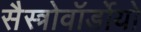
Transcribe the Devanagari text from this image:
सैस्त्रोवॉर्डोयो